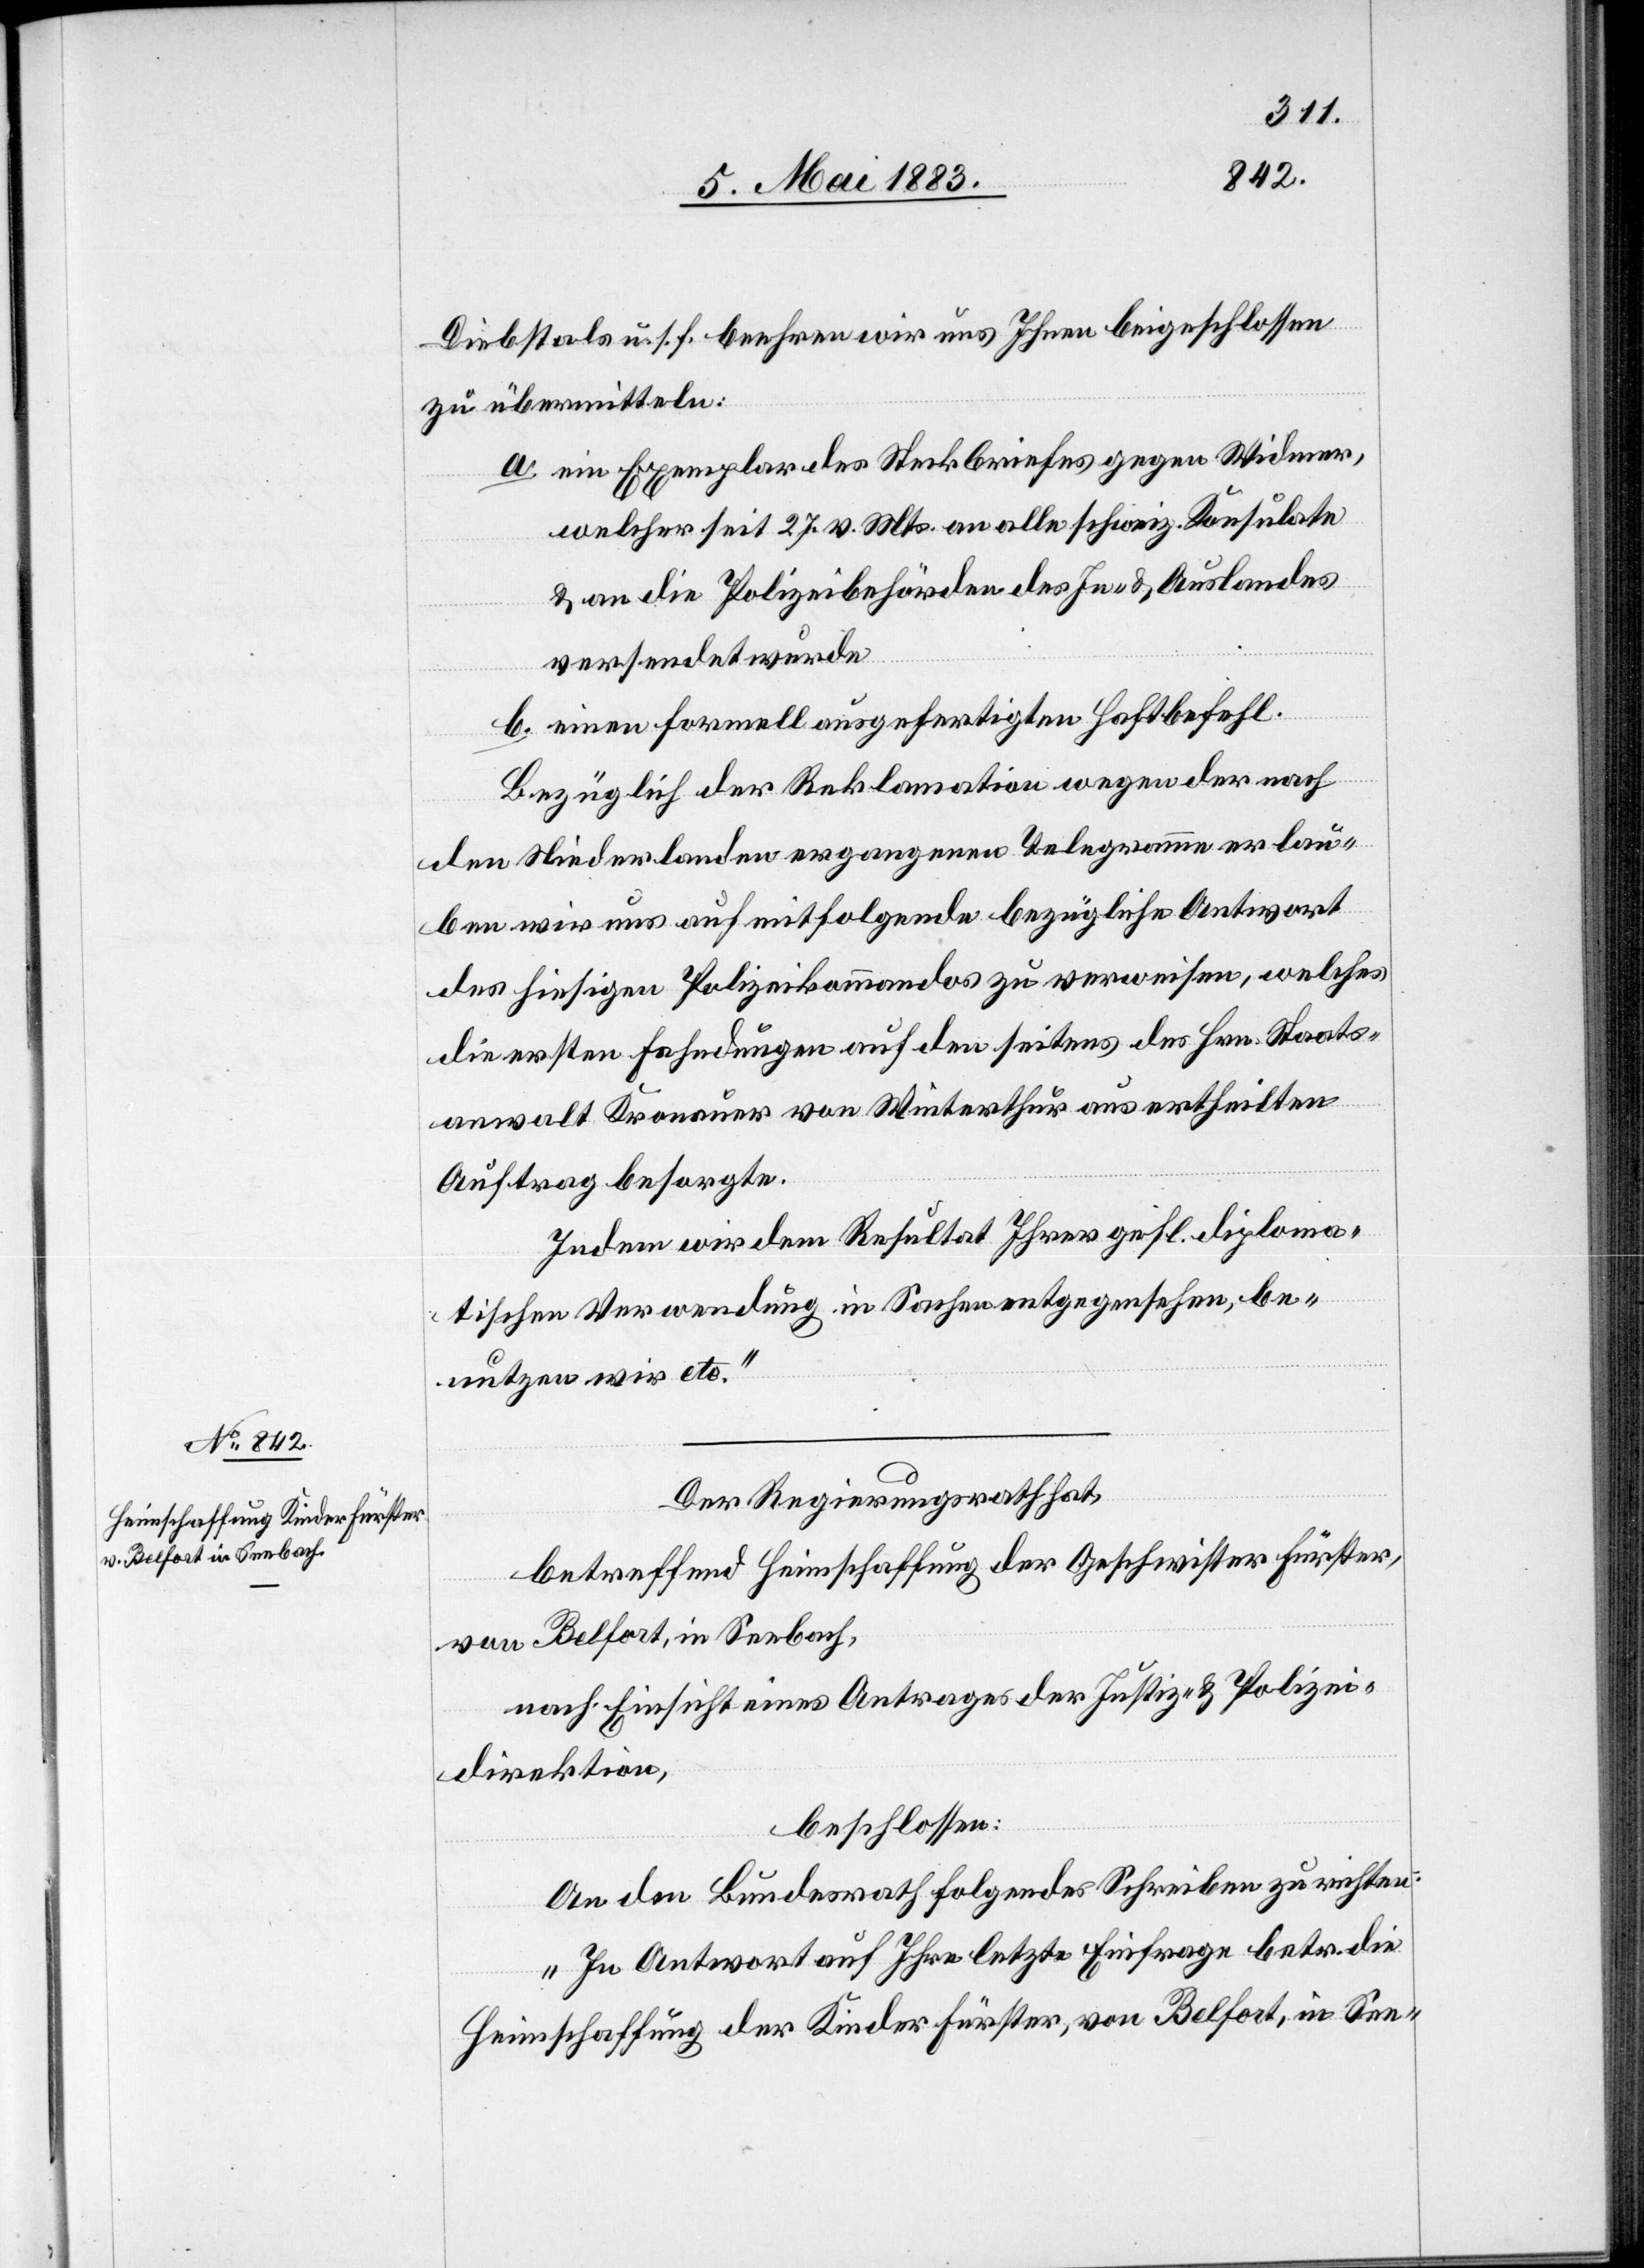
9. Mai 1883.]
Diebstals u. s. f. beehren wir uns Ihnen beigeschlossen
zu übermitteln:
a. ein Exemplar des Steckbriefes gegen Widmer,
welcher seit 27. v. Mts. an alle schweiz. Konsulate
& an die Polizeibehörden des In- & Auslandes
versendet wurde.
b. einen formell ausgefertigten Haftbefehl.
Bezüglich der Reklamation wegen der nach
den Niederlanden ergangenen Telegramme erlau¬
ben wir uns auf mitfolgende bezügliche Antwort
des hiesigen Polizeikommandos zu verweisen, welches
die ersten Fahndungen auf den seitens des Hrn. Staats¬
anwalts Kronauer von Winterthur aus ertheilten
Auftrag besorgte.
Indem wir dem Resultat Ihres gefl. diploma¬
tischen Verwendung in Sachen entgegensehen, be¬
nutzen wir etc.“
Der Regierungsrath hat,
betreffend Heimschaffung der Geschwister Fürster
von Belfort, in Seebach,
nach Einsicht eines Antrages der Justiz- & Polizei¬
direktion,
beschlossen:
An den Bundesrath folgendes Schreiben zu richten:
„In Antwort auf Ihre letzte Einfrage betr. die
Heimschaffung der Kinder Fürster, von Belfort, in See-